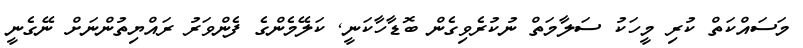
މަސައްކަތް ކުރި މީހަކު ސަލާމަތް ނުކުރެވިގެން ބޮޑާހާކަނީ